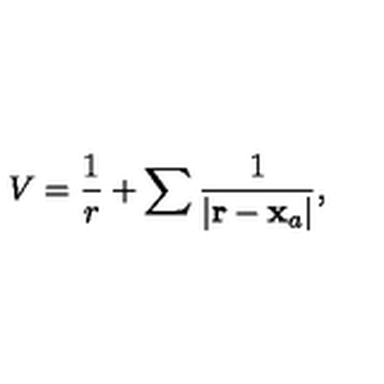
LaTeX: V = \frac { 1 } { r } + \sum { \frac { 1 } { | { \bf r } - \mathbf { x } _ { a } | } } ,